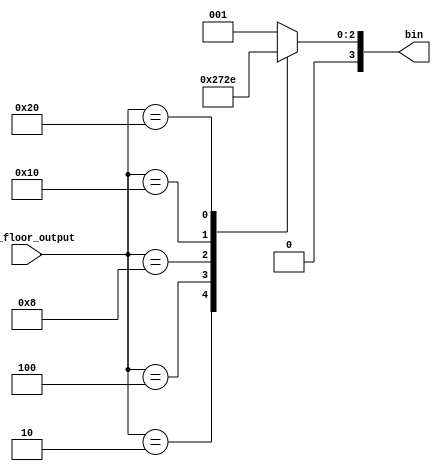
module OnehotToBin(
	output reg [3:0] bin,
	input [5:0] cur_floor_output
);
	always @(cur_floor_output)
	begin
		bin = 4'b00001;
		case(cur_floor_output)
		6'b000_001: bin = 4'b0001;
		6'b000_010: bin = 4'b0010;
		6'b000_100: bin = 4'b0011;
		6'b001_000: bin = 4'b0100;
		6'b010_000: bin = 4'b0101;
		6'b100_000: bin = 4'b0110;
		default: ;
		endcase
	end
endmodule